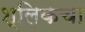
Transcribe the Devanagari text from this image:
श्लिकचा